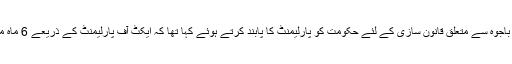
سپریم کورٹ نے آرمی چیف جنرل قمر جاوید باجوہ سے متعلق قانون سازی کے لئے حکومت کو پارلیمنٹ کا پابند کرتے ہوئے کہا تھا کہ ایکٹ آف پارلیمنٹ کے ذریعے 6 ماہ میں آرٹیکل 243 کی وسعت کا تعین کیا جائے۔